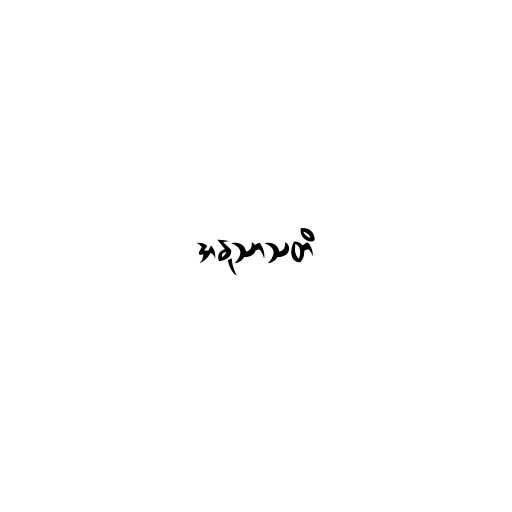
အနုသာသတိ